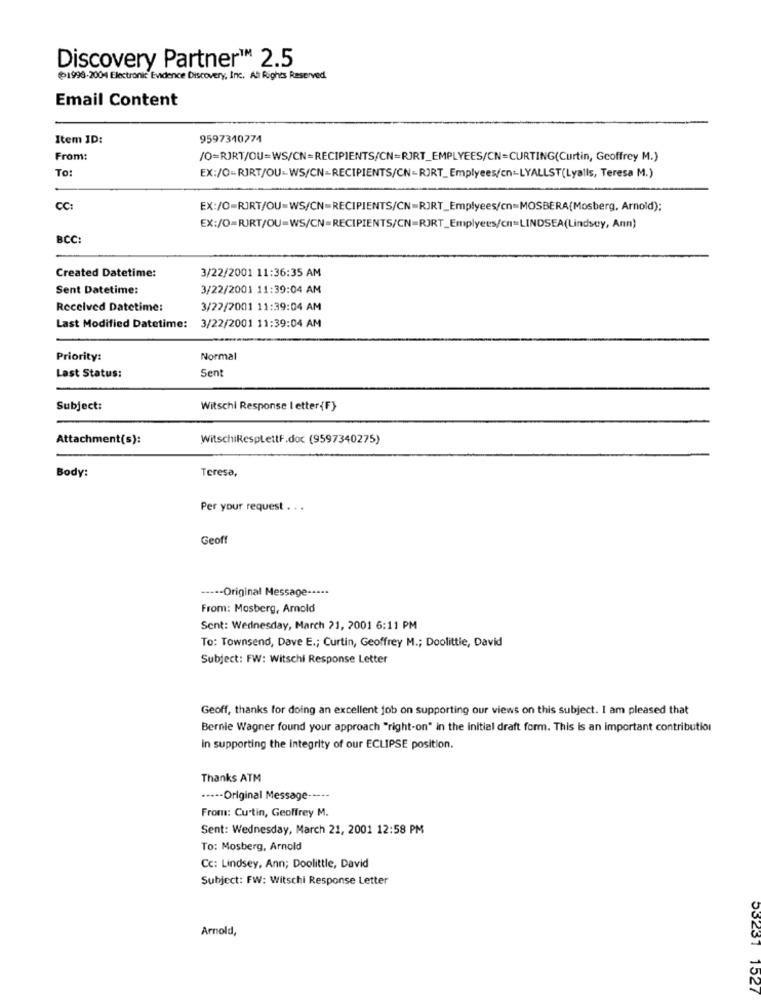
Discovery Partner™ 2.5
@1998-2004 Electronic Evidence Discovery, Inc. All Rights Reserved.
Email Content
Item ID:
9597310774
From:
/O=RJRT/OU=WS/CN=RECIPIENTS/CN=RJRT_EMPLYEES/CN=CURTING(Curtin, Geoffrey M.)
To:
EX:/O-RJRT/OU-WS/CN=RECIPIENTS/CN-RJRT_Emplyees/cn -- LYALLST(Lyalls, Teresa M.)
CC:
EX:/O=RIRT/OU=WS/CN=RECIPIENTS/CN=RJRT_Emplyees/cn=MOSBERA(Mosberg, Arnold):
EX:/0=RJRT/OU=WS/CN=RECIPIENTS/CN=RJRT_Emplyees/cn=LINDSEA(Lindsey, Ann)
BCC:
3/22/2001 11:36:35 AM
Created Datetime:
Sent Datetime:
3/22/2001 11:39:04 AM
Received Datetime:
3/22/2001 11:39:04 AM
Last Modified Datetime: 3/22/2001 11:39:04 AM
Priority:
Normal
Sent
Last Status:
Subject:
Witschi Response I etter{F}
Attachment(s):
WitschiRespLettF.doc (9597340275)
Body:
Teresa,
Per your request . . .
Geoff
----- Original Message -----
From: Mosberg, Amold
Sent: Wednesday, March 21, 2001 6:11 PM
To: Townsend, Dave E .; Curtin, Geoffrey M .; Doolittle, David
Subject: FW: Witschi Response Letter
Geoff, thanks for doing an excellent job on supporting our views on this subject. I am pleased that
Bernie Wagner found your approach "right-on" in the initial draft form. This is an important contribution
in supporting the integrity of our ECLIPSE position.
Thanks ATM
.---- Original Message -----
From: Curtin, Geoffrey M.
Sent: Wednesday, March 21, 2001 12:58 PM
To: Mosberg, Arnold
Cc: Lindsey, Ann; Doolittle, David
Subject: FW: Witschi Response Letter
Arnold,
53231 1527